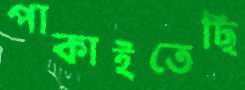
পাকাইতেছি